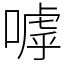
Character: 嘑